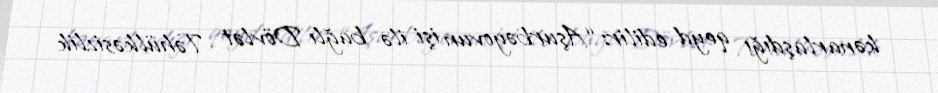
kənarlaşdığı qeyd edilir: “Aşurbəyovun işi ilə bağlı Dövlət Təhülkəsizlik